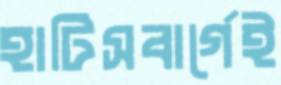
হাটিসবার্গেই